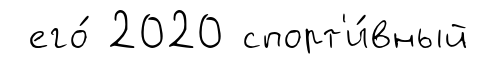
его́ 2020 спорт'и́вный